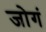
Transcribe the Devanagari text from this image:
जोगं